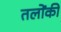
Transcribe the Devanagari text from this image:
तलोंकी